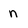
Character: n